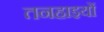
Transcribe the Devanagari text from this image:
तनहाइयों